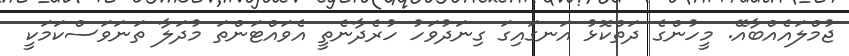
ޖުމްލައެއްބާއޭ. މީހުންގެ ދަތްކޮޅު އަނގައިގަ ގިނަދުވަހު ހުރެދާނެތީ އެވައްޓަންތަ މުދަލާ ތަނަވަސްކަމަކީ